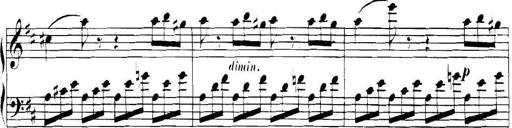
Title: Collected Piano Sonatas
Composer: Muzio Clementi